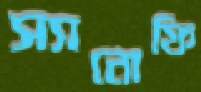
স্যানোফি